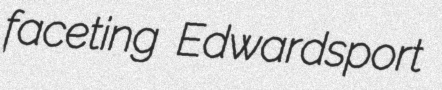
faceting Edwardsport